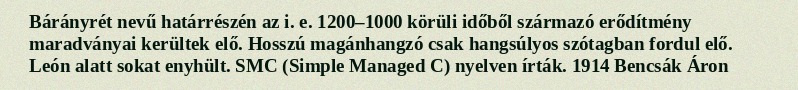
Bárányrét nevű határrészén az i. e. 1200–1000 körüli időből származó erődítmény maradványai kerültek elő. Hosszú magánhangzó csak hangsúlyos szótagban fordul elő. León alatt sokat enyhült. SMC (Simple Managed C) nyelven írták. 1914 Bencsák Áron